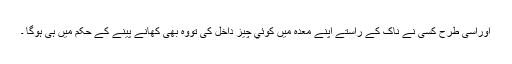
اوراسی طرح کسی نے ناک کے راستے اپنے معدہ میں کوئي چيز داخل کی تووہ بھی کھانے پینے کے حکم میں ہی ہوگا ۔